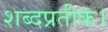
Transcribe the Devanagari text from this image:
शब्दप्रतीक।